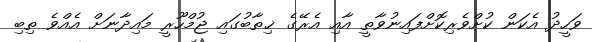
ވަހީދު އެކަން ކުށްވެރިކޮށްފައިނުވާތީ އާއި އެރޭގެ ޚިތާބުގައި ޖުމްހޫރީ މައިދާނަށް އެއްވެ ތިބި